Report on vaccination in the Province of Bengal - 1869-1873
Year: 1869
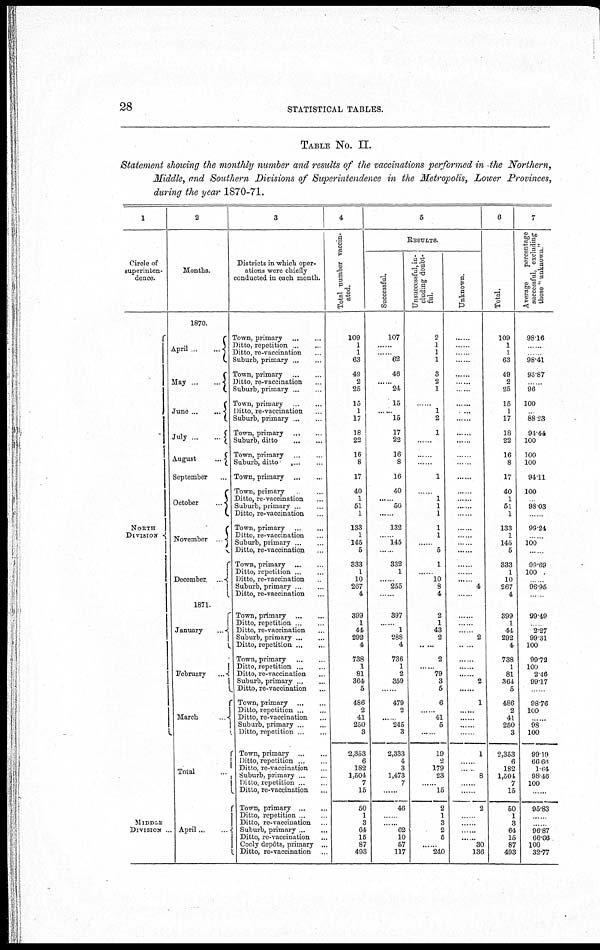
28
STATISTICAL TABLES.
TABLE No. II.
Statement showing the monthly number and results of the vaccinations performed in the Northern,
Middle, and Southern Divisions of Superintendence in the Metropolis, Lower Provinces,
during the year 1870-71.
1
Circle of
superinten-
dence.
NORTH
DIVISION
MIDDLE
DIVISION .
2
Months.
1870.
April
...
...
May .. ..
June...
...
July ... ...
August
...
September ...
October
..
November .
December
...
1871.
January
..
February
...
March
Total
...
April...
.
3
Districts in which oper-
ations were chiefly
conducted in each month.
Town, primary
...
...
Ditto, repetition . ...
Ditto, re-vaccination ...
Suburb, primary...
...
Town, primary
Ditto, re-vaccination
Suburb, primary ... ...
Town, primary ...
Ditto, re-vaccination ...
Suburb, primary...
...
Town, primary ... ...
Suburb, ditto
...
...
Town, primary ... ...
Suburb, ditto
....
Town, primary
...
...
Town, primary ...
Ditto, re-vaccination ...
Suburb, primary ... ...
Ditto, re-vaccination ...
Town, primary
...
...
Ditto, re-vaccination ...
Suburb, primary...
...
Ditto, re-vaccination ...
Town, primary ...
..
Ditto, repetition
...
...
Ditto, re-vaccination ... ...
Suburb, primary ... ...
Ditto, re-vaccination ...
Town, primary
...
...
Ditto, repetition
Ditto, re-vaccination ... ...
Suburb, primary
...
...
Ditto, repetition
...
...
Town, primary
...
...
Ditto, repetition ... ...
Ditto, re-vaccination ... ...
Suburb, primary
...
...
Ditto, re-vaccination ...
Town, primary
...
...
Ditto, repetition
...
...
Ditto, re-vaccination ...
Suburb, primary ... ...
Ditto, repetition
...
...
Town, primary
Ditto, repetition
Ditto, re-vaccination
Suburb, primary ..
Ditto, repetition ...
Ditto, re-vaccmation ...
Town, primary
...
...
Ditto, repetition ... ...
Ditto, re-vaccination ...
Suburb, primary...
...
Ditto, re-vaccination ...
Cooly depôts, primary ...
Ditto, re-vaccination ...
4
Total number vaccin-
ated.
109
1
1
63
49
2
25
15
1
17
18
22
16
8
17
40
1
51
1
133
1
145
5
333
1
10
267
4
399
1
44
292
4
738
1
81
364
5
486
2
41
250
3
2,353
6
182
1,504
7
15
50
1
3
64
15
87
493
5
RESULTS.
Successful.
107
......
......
62
46
24
15
... ... 15
17
22
16
8
16
40
......
50
......
132
... 145
......
332
1
......
255
......
397
......
1
288
4
736
1
2
359
......
479
2
... 245
3
2,333
4
3
1,473
7
......
46
....
62
10
57
117
Unsuccessful, in-
cluding doubt-
ful.
2
1
1
1
3
2
1
...
1
2
1
...
......
......
1
......
1
1
1
1
1
...
5
1
.... 10
8
4
2
1
43
2
......
2
...... 79
3
6
6
.... 41
5
......
19
2
179
23
...... 15
2
1
3
2
5
......
240
Unknown.
...
...
...
......
...
...
...
...
...
...
...
...
...
......
......
......
......
......
......
......
......
......
......
... 4
......
......
......
..... 2
...
......
......
...... 2
......
1
......
......
......
1
8
......
......
2
......
...... ...
..... 30
136
6
Total.
109
1
1
63
49
2
25
15
1
17
18
22
16
8
17
40
1
51
1
133
1
145
5
333
1
10
267
4
399
1
44
292
4
738
1
81
364
5
486
2
41
250
3
2,353
6
182
1,501
7
15
50
1
3
64
15
87
493
7
Average
percentage
successful, excluding
those " unknown."
98.16
...
...
98.41
93 87
...
96
100
...
88.23
94.44
100
100
100
94.11
100
98.03
...
99.24
...
100
......
99.69
100
...
96.95
......
99.49
...... 2.27
99.31
100
99.72
100
2.46
99.17
98.76
100
......
98
100
99.19
66.66
1.64
98 46
100
....
95.83
...
... 96.87
66.66
100
32.77